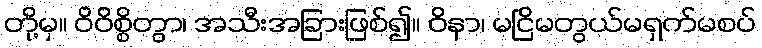
တို့မှ။ ဝိဝိစ္စိတွာ၊ အသီးအခြားဖြစ်၍။ ဝိနာ၊ မငြိမတွယ်မရှက်မစပ်